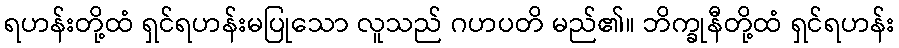
ရဟန်းတို့ထံ ရှင်ရဟန်းမပြုသော လူသည် ဂဟပတိ မည်၏။ ဘိက္ခုနီတို့ထံ ရှင်ရဟန်း